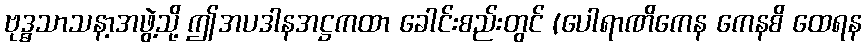
ဗုဒ္ဓသာသနာ့အဖွဲ့သို့ ဤအပဒါနအဋ္ဌကထာ ခေါင်းစည်းတွင် (ပေါရာဏိကေန ကေနစိ ထေရန